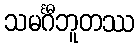
သမင်္ဂီဘူတဿ